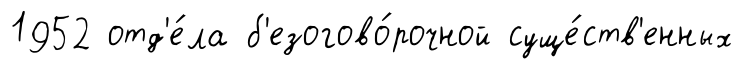
1952 отд'е́ла б'езогово́рочной суще́ств'енных